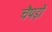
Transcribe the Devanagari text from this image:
चैपड़ों